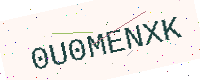
Text: 0U0MENXK